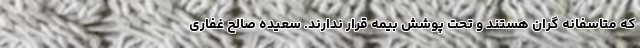
که متاسفانه گران هستند و تحت پوشش بیمه قرار ندارند. سعیده صالح غفاری